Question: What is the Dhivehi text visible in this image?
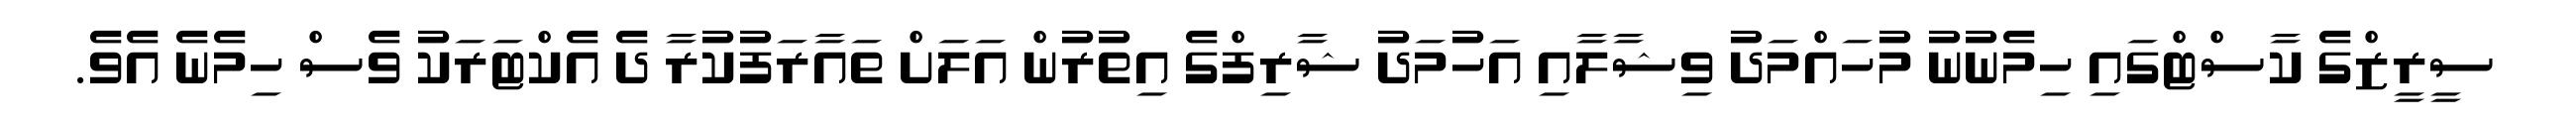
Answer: ސީރީޒްގެ ކާސްޓްގައި ހިމެނުނު މުހައްމަދު ވިޝާލާއި އަހުމަދު ޝާރިފްގެ އިތުރުން އަލަށް ތައާރަފުކުރާ ދެ އެކްޓަރަކު ވެސް ހިމެނެ އެވެ.